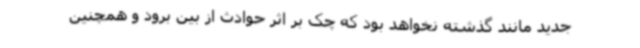
جدید مانند گذشته نخواهد بود که چک بر اثر حوادث از بین برود و همچنین